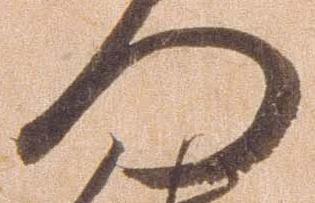
門